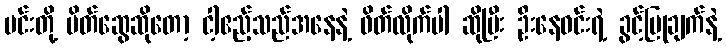
မင်းတို့ မိတ်ဆွေဆိုတော့ ငါ့ဧည့်သည်အနေနဲ့ ဖိတ်လိုက်ပါ ဆိုပြီး ဦးနေဝင်းရဲ့ ခွင့်ပြုချက်နဲ့